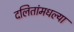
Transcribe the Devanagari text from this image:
दलितांमधल्या